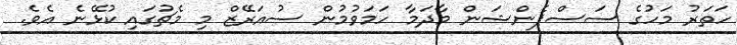
ހަތަރު މަހުގެ ސަސްޕެންޝަން މާދަމާ ހަމަވުމުން ސުއަރޭޒް މި މެޗުގައި ކުޅޭނެ އެވެ.